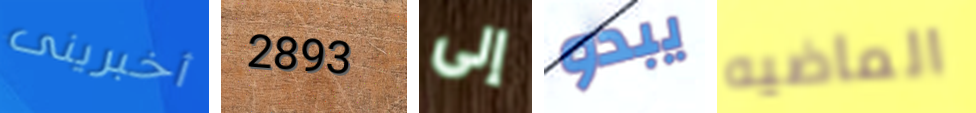
أخبرينى 2893 إلى يبدو الماضيه